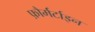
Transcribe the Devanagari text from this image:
फ़ौर्मर्टाइन